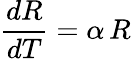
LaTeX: {\frac{dR}{dT}}=\alpha\, R